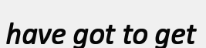
have got to get